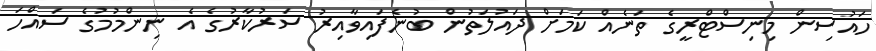
ހައުސިން މިނިސްޓްރީގެ ތަނެއް ކަމަށް ދައުލަތުން ބުނެފައިވާއިރު ސަރުކާރުގެ އެ ނިންމުމުގެ ސައްހަ